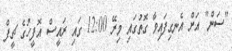
"ސަން" އަށް އެނގިފައިވާ ގޮތުގައި މިރޭ 12:00 ގައި ރައީސް އޮފީހުގެ ޗީފް